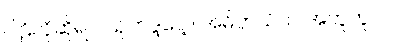
ပါဠိလိုဆိုရင် သုဘဒ္ဒပေါ့။ အဓိပ္ပာယ်က အတူတူပါပဲ။